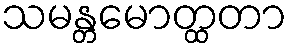
သမန္တမောတ္ထတာ